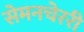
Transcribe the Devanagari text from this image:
सेमनचेररी